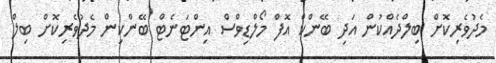
މެދުވެރިކޮށް ބިލްދެއްކުން އަދި ބޭންކް އޮފް މޯލްޑިވްސް އިންޓަނެޓް ބޭންކިން މެދުވެރިކޮށް ބިލް